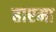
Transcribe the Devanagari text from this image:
हाएमा